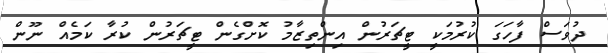
ދުވަސް ފާހަގަ ކުރުމަކީ ޓީޗަރުން އިންތިޒާމު ކޮށްގެން ޓީޗަރުން ކުރާ ކަމެއް ނޫން